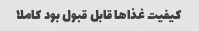
کیفیت غذا‌ها قابل قبول بود کاملا